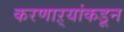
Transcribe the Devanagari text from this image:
करणाऱ्यांकडून